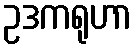
ဥဒကရုဟာ